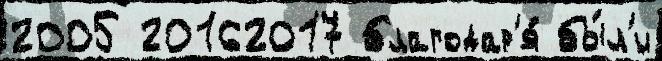
2005 20162017 благодар'я́ бы́л'и